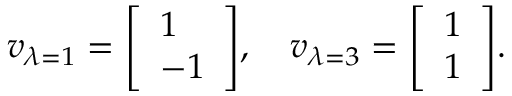
v _ { \lambda = 1 } = { \left[ \begin{array} { l } { 1 } \\ { - 1 } \end{array} \right] } , \quad v _ { \lambda = 3 } = { \left[ \begin{array} { l } { 1 } \\ { 1 } \end{array} \right] } .